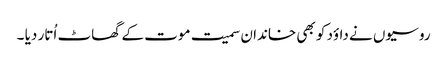
روسیوں نے داؤد کو بھی خاندان سمیت موت کے گھاٹ اُتار دیا ۔